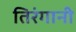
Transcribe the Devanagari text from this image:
तिरंगानी